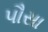
પૌસા